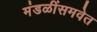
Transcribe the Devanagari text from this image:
मंडळींसमवेत